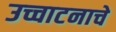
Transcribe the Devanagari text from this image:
उच्चाटनाचे